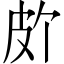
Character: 𪾆